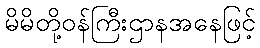
မိမိတို့ဝန်ကြီးဌာနအနေဖြင့်